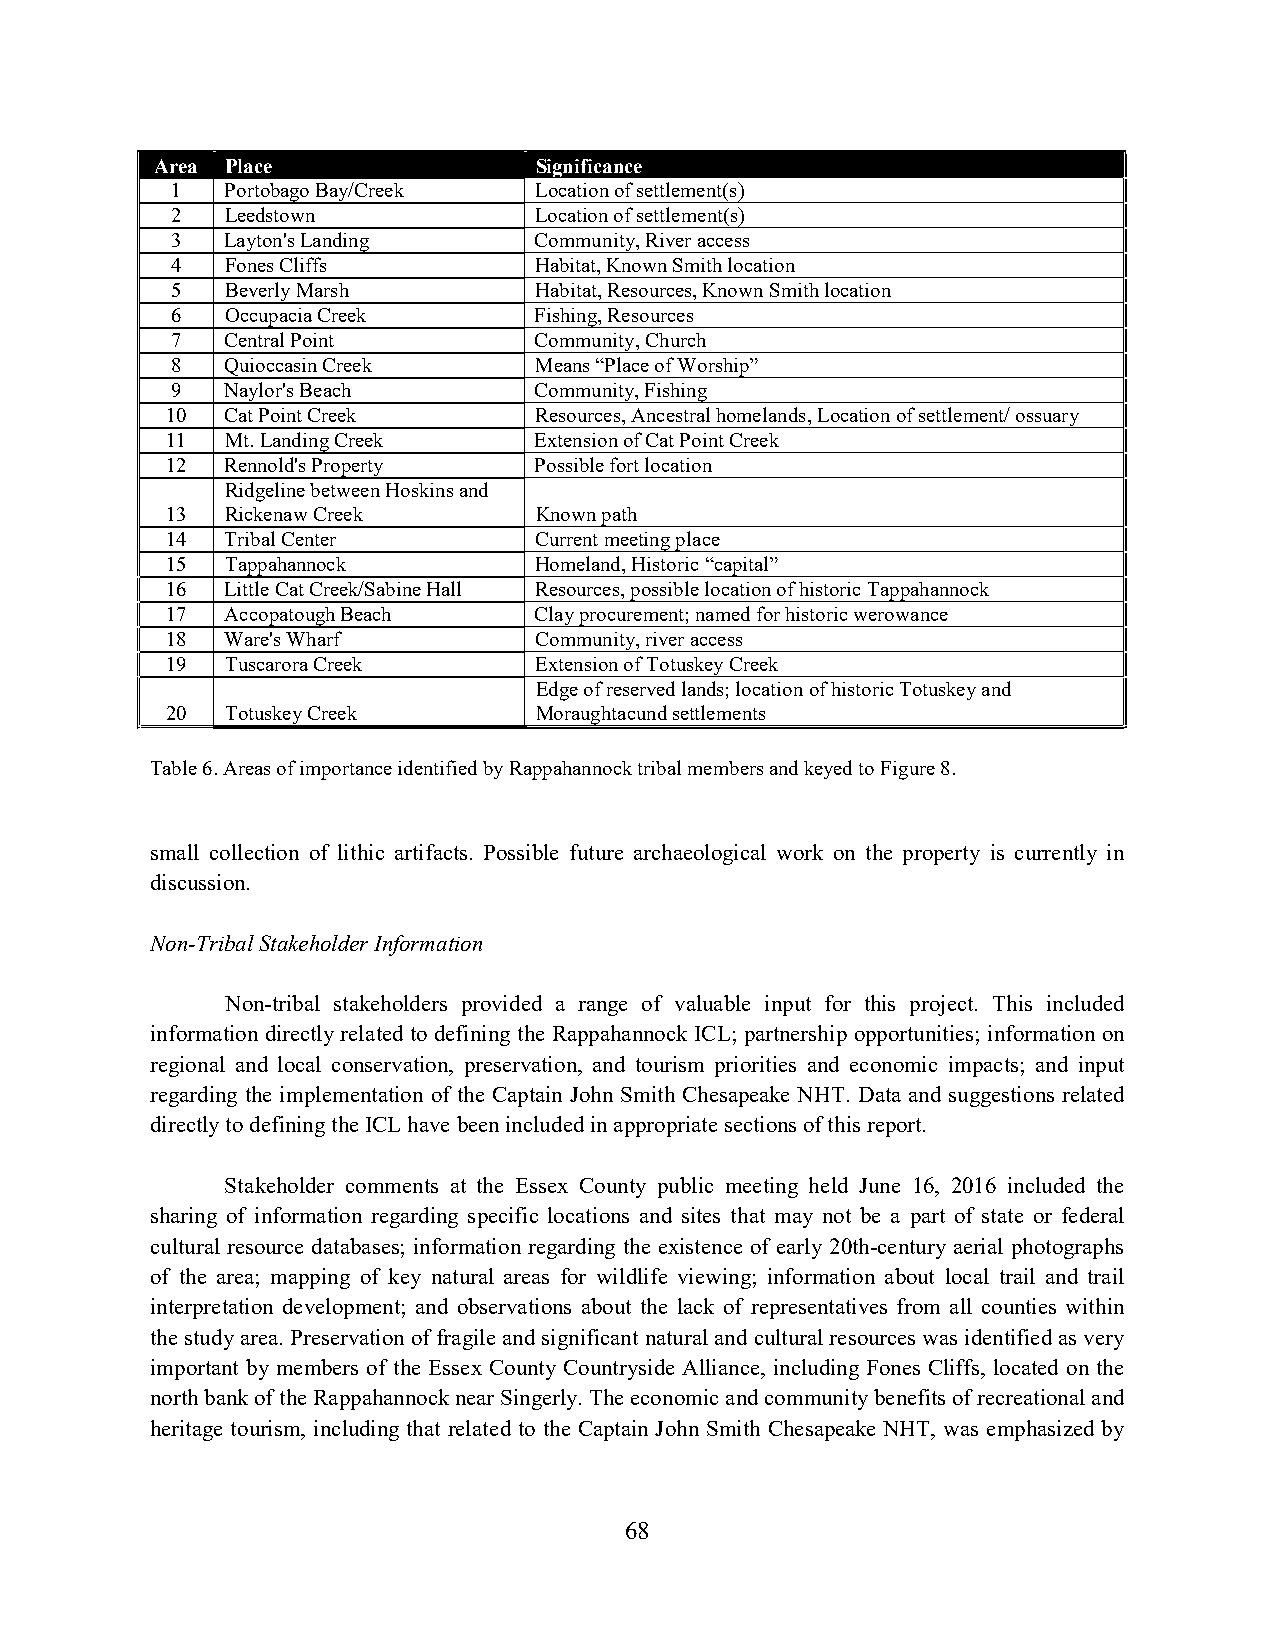
Area Place               Significance
 1   Portobago Bay/Creek Location of settlement(s)
 2   Leedstown           Location of settlement(s)
 3   Layton's Landing    Community, River access
 4   Fones Cliffs        Habitat, Known Smith location
 5   Beverly Marsh       Habitat, Resources, Known Smith location
 6   Occupacia Creek     Fishing, Resources
 7   Central Point       Community, Church
 8   Quioccasin Creek    Means “Place of Worship”
 9   Naylor's Beach      Community, Fishing
 10  Cat Point Creek     Resources, Ancestral homelands, Location of settlement/ ossuary
 11  Mt. Landing Creek   Extension of Cat Point Creek
 12  Rennold's Property  Possible fort location
 Ridgeline between Hoskins and
 13  Rickenaw Creek      Known path
 14  Tribal Center       Current meeting place
 15  Tappahannock        Homeland, Historic “capital”
 16  Little Cat Creek/Sabine Hall Resources, possible location of historic Tappahannock
 17  Accopatough Beach   Clay procurement; named for historic werowance
 18  Ware's Wharf        Community, river access
 19  Tuscarora Creek     Extension of Totuskey Creek
 Edge of reserved lands; location of historic Totuskey and
 20  Totuskey Creek      Moraughtacund settlements
 Table 6. Areas of importance identified by Rappahannock tribal members and keyed to Figure 8.
 small collection of lithic artifacts. Possible future archaeological work on the property is currently in
 discussion.
 Non-Tribal Stakeholder Information
 Non-tribal stakeholders provided a range of valuable input for this project. This included
 information directly related to defining the Rappahannock ICL; partnership opportunities; information on
 regional and local conservation, preservation, and tourism priorities and economic impacts; and input
 regarding the implementation of the Captain John Smith Chesapeake NHT. Data and suggestions related
 directly to defining the ICL have been included in appropriate sections of this report.
 Stakeholder comments at the Essex County public meeting held June 16, 2016 included the
 sharing of information regarding specific locations and sites that may not be a part of state or federal
 cultural resource databases; information regarding the existence of early 20th-century aerial photographs
 of the area; mapping of key natural areas for wildlife viewing; information about local trail and trail
 interpretation development; and observations about the lack of representatives from all counties within
 the study area. Preservation of fragile and significant natural and cultural resources was identified as very
 important by members of the Essex County Countryside Alliance, including Fones Cliffs, located on the
 north bank of the Rappahannock near Singerly. The economic and community benefits of recreational and
 heritage tourism, including that related to the Captain John Smith Chesapeake NHT, was emphasized by
 68